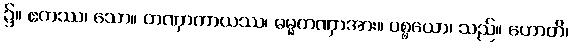
၌။ ဧကဿ၊ သော။ တဏှာကာယဿ၊ ဓမ္မတဏှာအား။ ပစ္စယော၊ သည်။ ဟောတိ၊